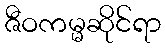
ဇီဝကမ္မဆိုင်ရာ